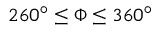
2 6 0 ^ { \circ } \leq \Phi \leq 3 6 0 ^ { \circ }